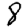
Digit: 8